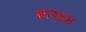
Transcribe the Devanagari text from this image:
कावकाव